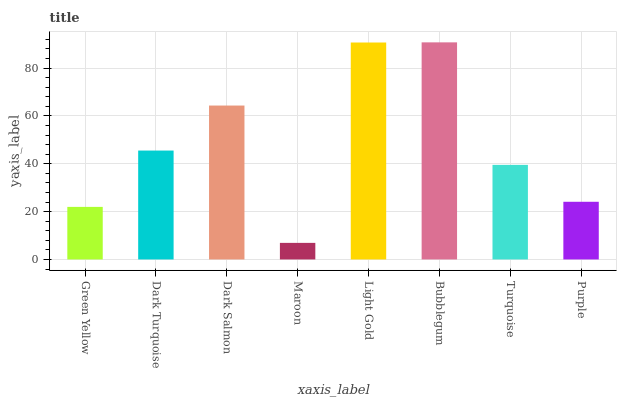
| xaxis_label | bars |
 | --- | --- |
 | Green Yellow | 22 |
 | Dark Turquoise | 45.5 |
 | Dark Salmon | 64.3 |
 | Maroon | 6.93 |
 | Light Gold | 90.7 |
 | Bubblegum | 90.7 |
 | Turquoise | 39.5 |
 | Purple | 24.1 |